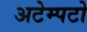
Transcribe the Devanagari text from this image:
अटेम्पटो